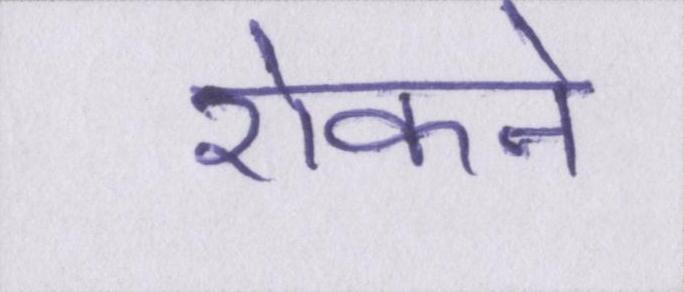
रोकने